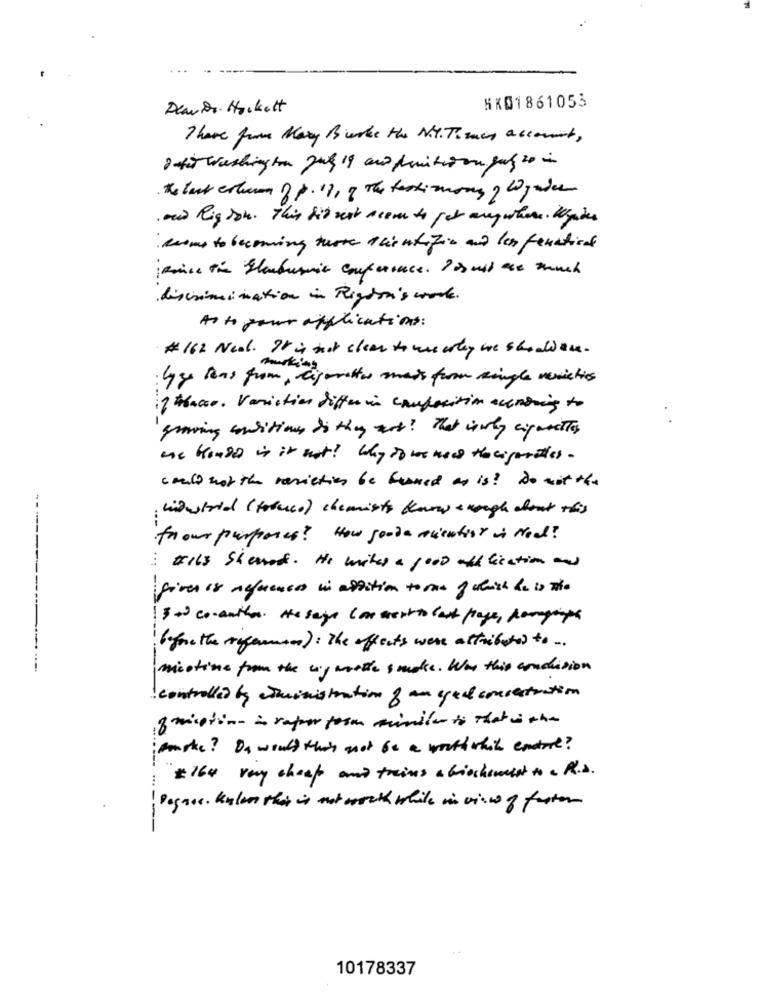
DearDr. Hackett
SK01861053
There from Mary Burke the M.G. T. rany account,
InWashington Jut 19 and function gut to in
Ho lux erhuren Pp. 11, 3 The testimony o Wywier
and Rig Son. This fit nest seem to get anywhere. lepides
come to becoming turte scientific and les feuxtical
janice the Glenburnie conference. Pas mit ace much
discrimination in Righton's work.
As to your applications:
# 162 Neol. It is not clear to mewhy we shouldare.
Gye Bons from, cigarettes mais from single revistos
if these. Variation differ in composition accroing to
graving conditions do they out ! That iswhy ciprestes
me kondd is it not! Why if we new the cigaretes.
could not the reciation be funmed to is ? Do mit the
; widestrid (totuce ) chemists know enough about this
toour purposes! How gooda micutist is Neal !
: tails Sherrod. He writes a good old fication and
giver is nefuentes in addition to ran of which he is The
13 a co-author. the segue cose went to last page, ponymph
before the reformen ) : The effects were attributed to ..
mistine from the mywrote smoke . Was this condition
controlled by administration of an sed concentration
fristin- in raper form similar to that the
maske? Da would this not be a worthwhile entire ?
"# 164 very cheap and trains a biochewest to a R.s.
Pagare . kulen this is not worth while in view of fastor
---- ---
10178337